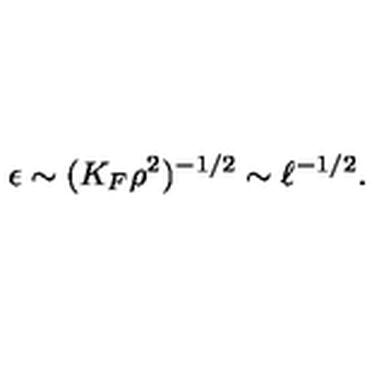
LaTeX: \epsilon \sim ( K _ { F } \rho ^ { 2 } ) ^ { - 1 / 2 } \sim \ell ^ { - 1 / 2 } .